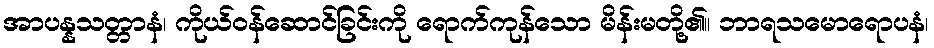
အာပန္နသတ္တာနံ၊ ကိုယ်ဝန်ဆောင်ခြင်းကို ရောက်ကုန်သော မိန်းမတို့၏။ ဘာရသမောရောပနံ၊